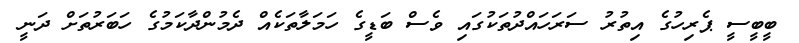
ބީބީސީ ޕެރިހުގެ އިތުރު ސަރަހައްދުތަކުގައި ވެސް ބަޑީގެ ހަމަލާތަކެއް ދެމުންދާކަމުގެ ހަބަރުތަށް ދަނީ